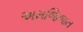
અમજિજત